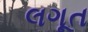
લગૂત